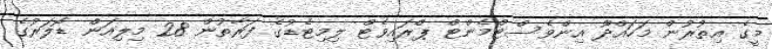
މީގެ އިތުރުން މަހައްދޫ އިންވެސްޓްމެންޓް ޕްރައިވެޓް ލިމިޓެޑުގެ ފަރާތުން 28 މިލިއަން ޑޮލަރުގެ